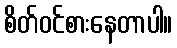
စိတ်ဝင်စားနေတာပါ။